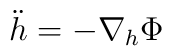
\ddot{h} =  - \nabla_h \Phi